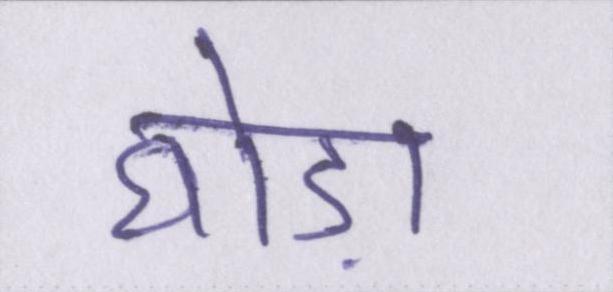
घोड़ा